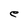
Character: e